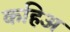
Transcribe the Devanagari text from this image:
कहिअ